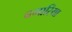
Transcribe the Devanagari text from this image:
बगारिया